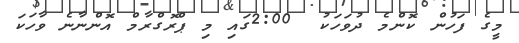
މީގެ ފަހުން ކޮންމެ ދުވަހަކު  2:00ގައި މި ޕްރޮގްރާމް އޮންނާނެ ވާހަކަ